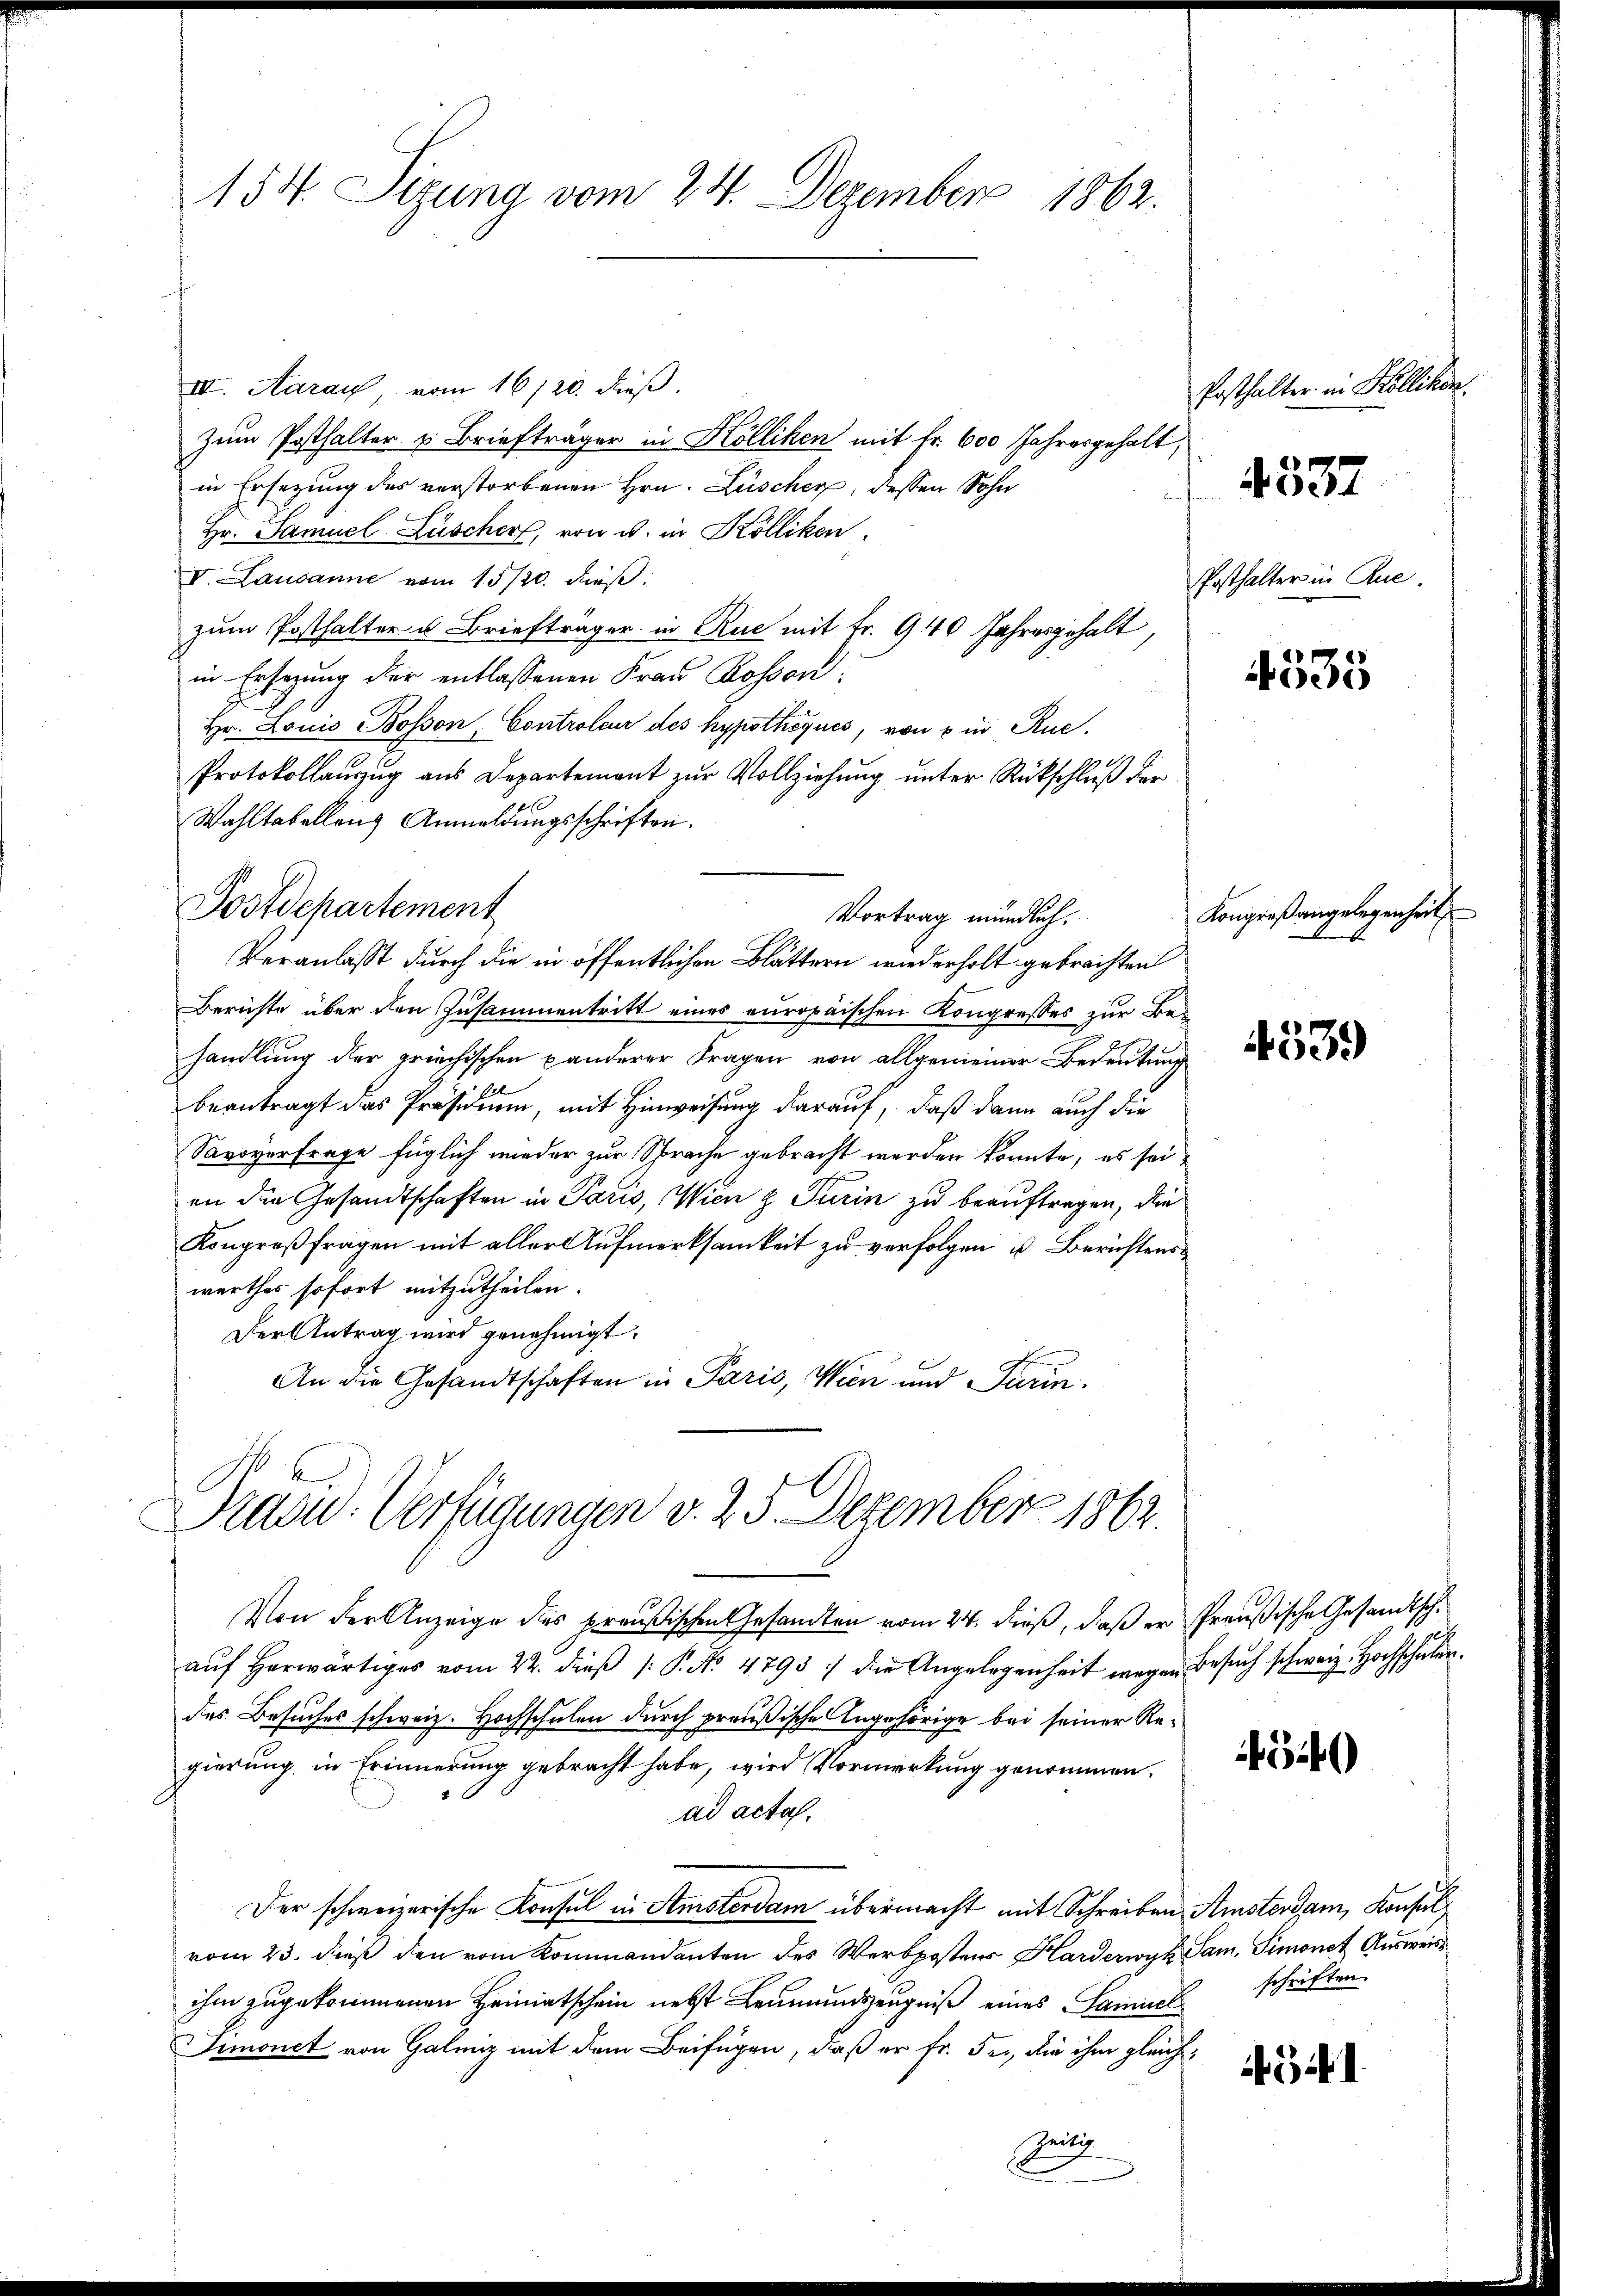
154. Sizung vom 24. Dezember 1862.

IV. Aarauf, vom 16/20. dieß.
Zum Posthalter u. Briefträger in Hölliken mit Fr. 600 Jahresgehalt,
in Ersetzung des verstorbenen Hrn. Lüscher, dessen Sohn
Hr. Samuel Lüscher, von u. in Kölliken.
V. Lausanne vom 15/20. dβ.
zum Posthalter u Briefträger in Rue mit Fr. 940 Jahresgehalt,
in Ersezung der entlassenen Frau Rossen:
Hr. Louis Bosson, Controleur des hypothéques, von 8 in Rue¬
Protokollauszug aus Departement zur Vollziehung unter Rückschluß der
Wahltabellenz Anmeldungsschriften.
Veranlasst durch die in öffentlichen Blättern wiederholt gebrachten
Berichte über den Zusammentritt eines europäischen Kongresses zur Behandlung der griechischen Banderer Fragen von allgemeiner Bedeutung
beantragt das Präsidium, mit Hinweisung darauf, daß dann auch die
Savoyerfrage füglich wieder zur Sprache gebracht werden könnte, es seian die Gesandtschaften in Paris, Wien & Turin zu beauftragen, die
Kongreßfragen mit aller Aufmerksamkeit zu verfolgen u. Berichtenswerthes sofort mitzutheilen.
Der Antrag wird genehmigt.
An die Gesandtschaften in Paris, Wien und Parin.
Präsid.: Verfügungen v. 25. Dezember 1862.
Von der Anzeige des preußischen Gesandten vom 24. dieß, daß er Preußische Gesandtschaŭf herwärtiges vom 22. dieβ (: P. No. 4793 :/ die Angelegenheit wegen Besŭch schweiz. Hochschulen.
des Besuches schweiz. Hochschulen durch preußische Angehörige bei seiner Regierung in Erinnerung gebracht habe, wird Vormerkung genommen.
ad acta.
Der schweizerische Konsul in Amsterdam übermacht mit Schreiben Amsterdam, Konsul
vom 23. dieß den vom Kommandanten des Werkpostens Harderwyk Sam, Simonet Ausweiss
ihm zugekommenen Heimatschein nebst Leumundszeugniß eines Samuel
Simonet von Galiz mit dem Beifügen, daß er fr. Fr., die ihm gleich¬
Geilig

Postdepartement

Vortrag mündlich.

Posthalter in Kollikon.
Posthalter in Rue.
4535

4337

Kongreß angelegenheit

4539

G40

61

schriften.